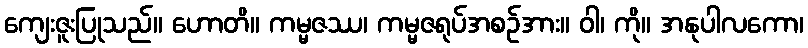
ကျေးဇူးပြုသည်။ ဟောတိ။ ကမ္မဇဿ၊ ကမ္မဇရုပ်အစဉ်အား။ ဝါ၊ ကို။ အနုပါလကော၊